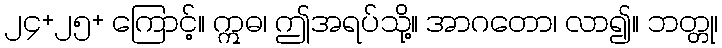
၂၄+၂၅+ ကြောင့်။ ဣဓ၊ ဤအရပ်သို့။ အာဂတော၊ လာ၍။ ဘတ္တု၊